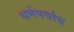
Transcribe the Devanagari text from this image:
धर्मपर्याय